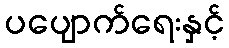
ပပျောက်ရေးနှင့်